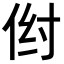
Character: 𪜺